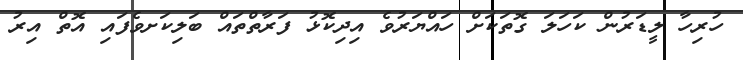
ހުރިހާ ލީޑަރުން ކަހަލަ ގޮތަކަށް ހައްޔަރުވެ އިދިކޮޅު ފަރާތްތައް ބަލިކަށވެފައި އޮތް އިރު